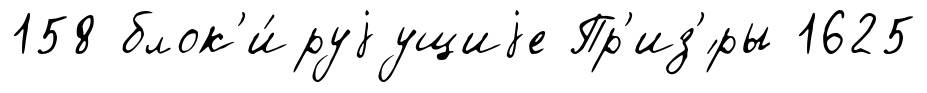
158 блок'и́руjущиjе Пр'из'́ры 1625